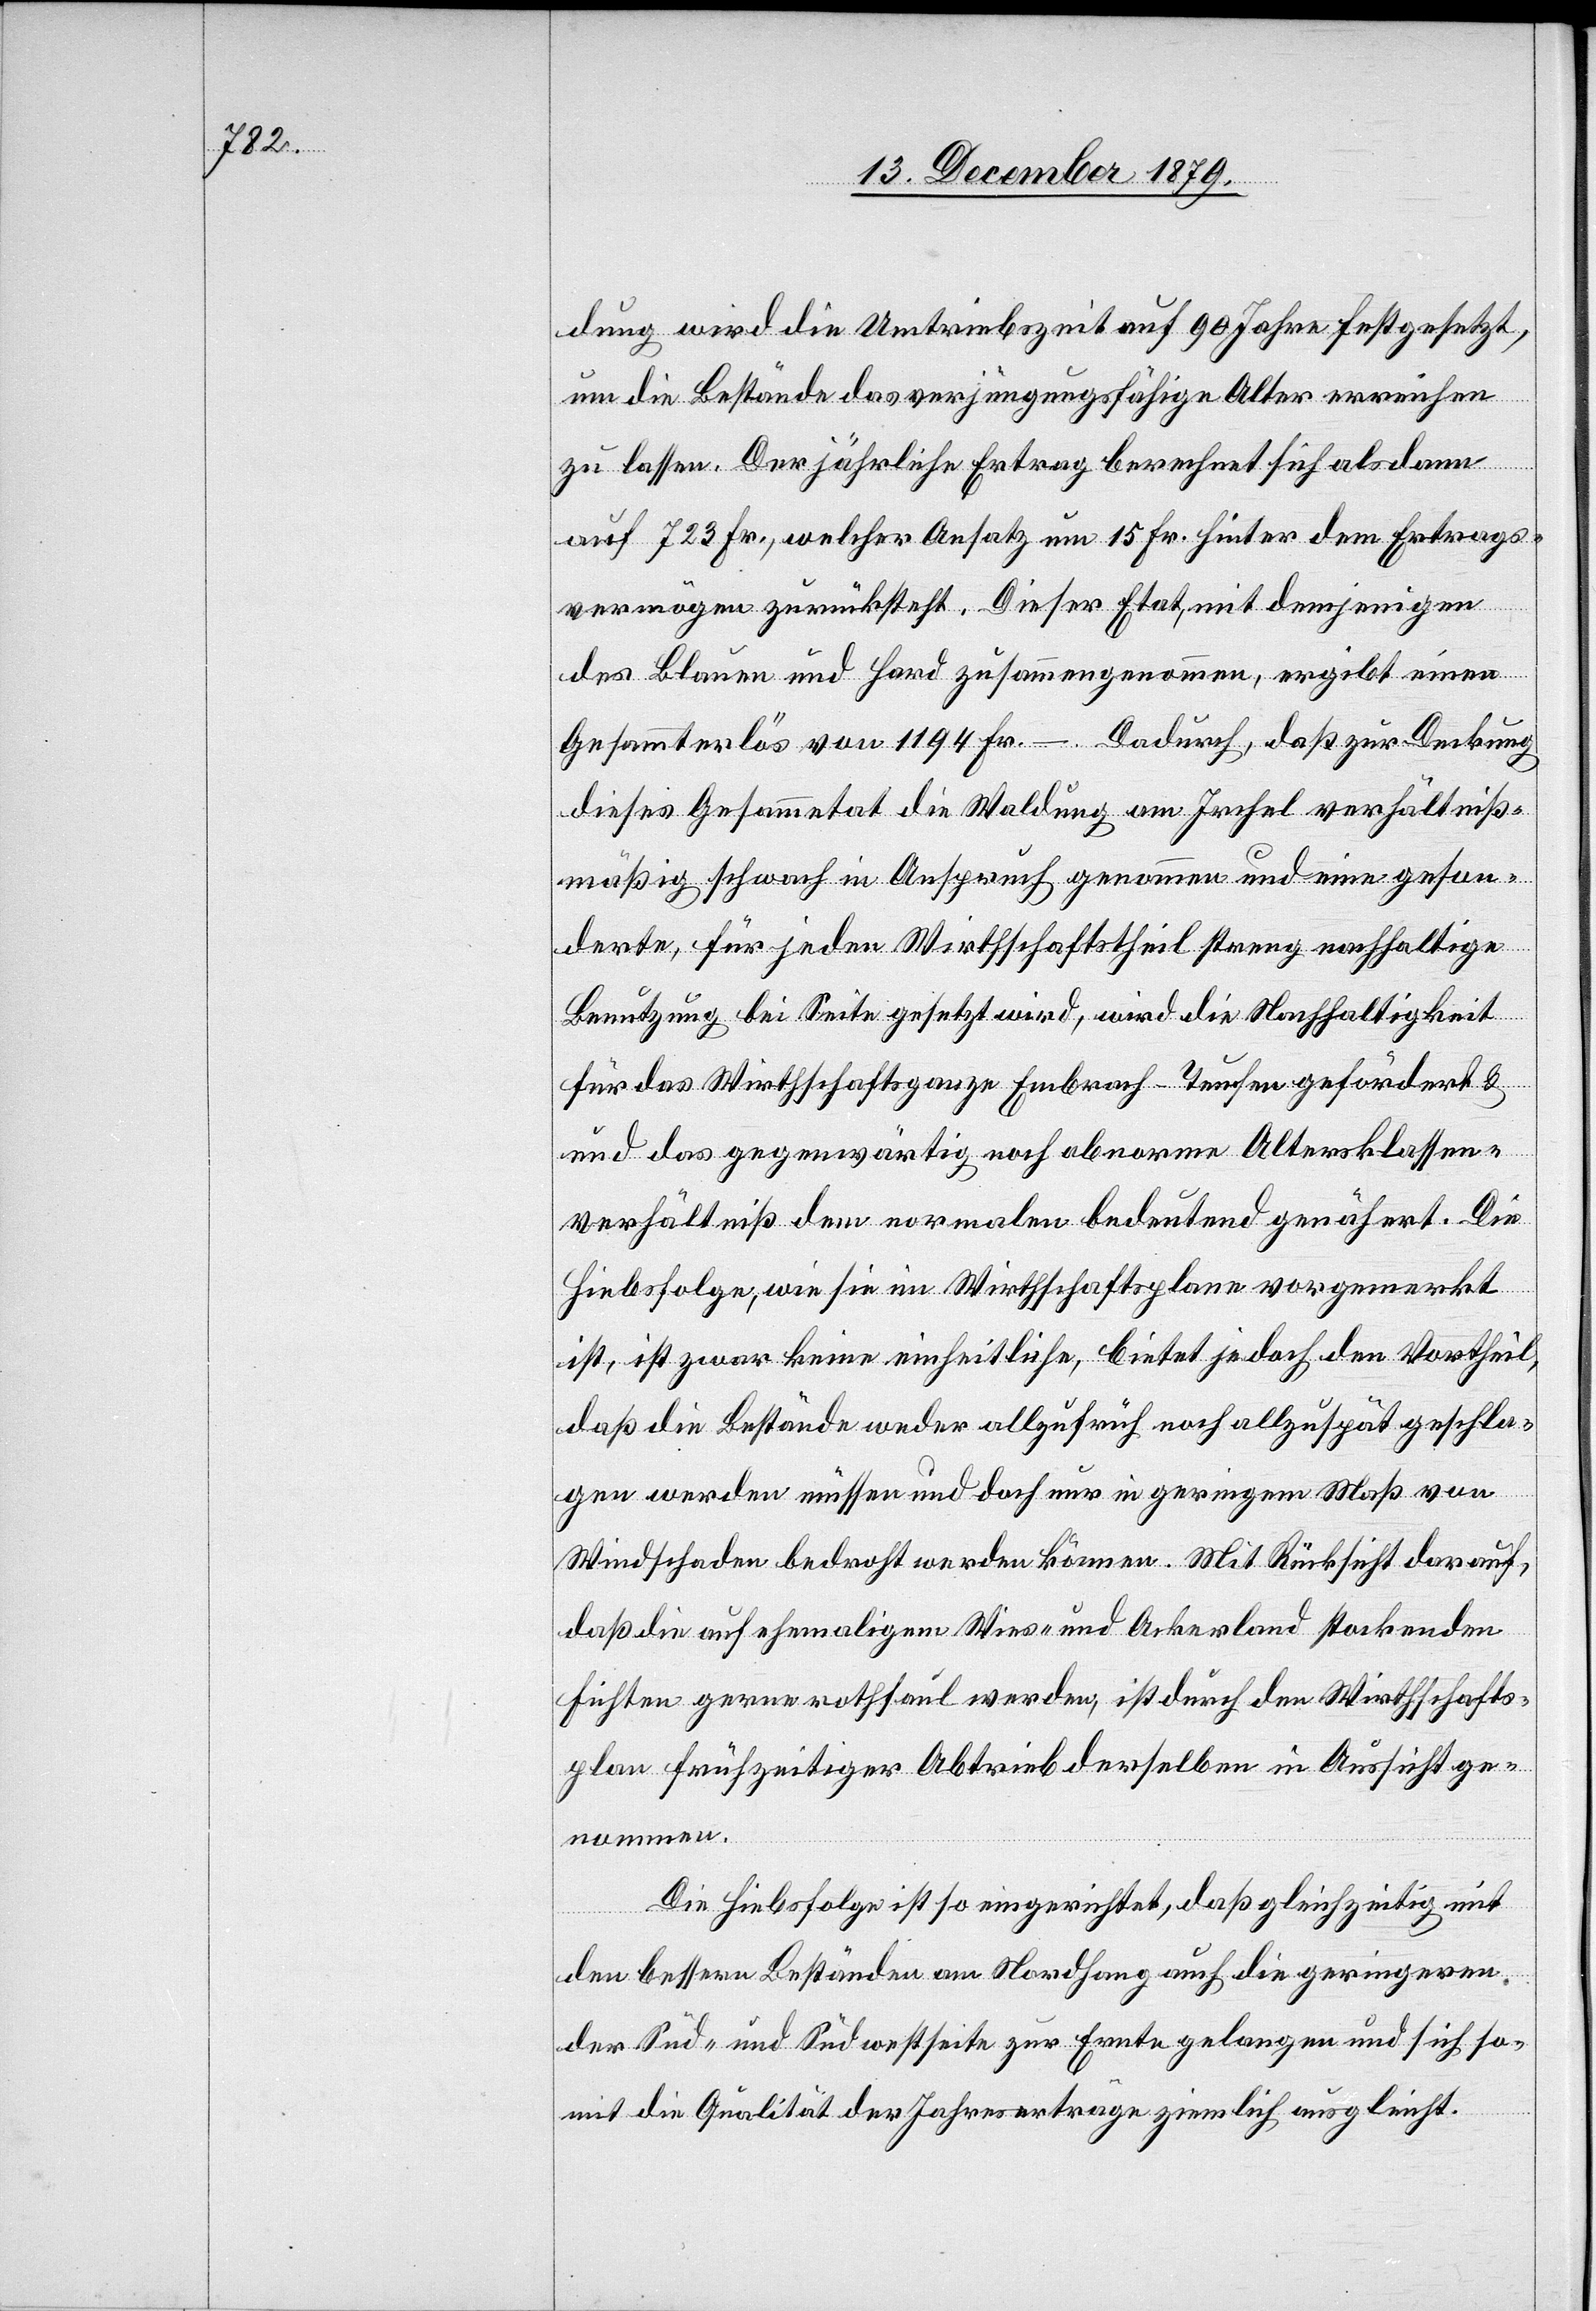
dung wird die Umtriebszeit auf 90 Jahre festgesetzt,
und
um die Bestände das verjüngungsfähige Alter erreichen
zu lassen. Der jährliche Ertrag berechnet sich alsdann
auf 723 Fr., welcher Ansatz um 15 Fr. hinter dem Ertrags¬
vermögen zurücksteht. Dieser Etat, mit demjenigen
des Blauen und Hard zusammengenommen, ergibt einen
Gesammterlös von 1194 Fr. – Dadurch daß zur Deckung
dieses Gesammtetat die Waldung am Irchel verhältniß¬
mäßig schwach in Anspruch genommen und eine geson¬
derte, für jeden Wirthschaftstheil streng nachhaltige
Benutzung bei Seite gesetzt wird, wird die Nachhaltigkeit
für das Wirthschaftsganze Embrach-Teufen gefördert &
c!] das gegenwärtig noch abnorme Altersklassen¬
verhältniß dem normalen bedeutend genähert. Die
Hiebsfolge, wie sie im Wirthschaftsplane vorgemerkt
ist, ist zwar keine einheitliche, bietet jedoch den Vortheil,
daß die Bestände weder allzufrüh noch allzuspät geschla¬
gen werden müssen und doch nur in geringem Maß von
Windschaden bedroht werden können. Mit Rücksicht darauf,
daß die auf ehemaligem Wies- und Ackerland stockenden
Fichten gerne rothfaul werden, ist durch den Wirthschafts¬
plan frühzeitiger Abtrieb derselben in Aussicht ge¬
nommen.
Die Hiebsfolge ist so eingerichtet, daß gleichzeitig mit
den bessern Beständen am Nordhang auch die geringeren
der Süd- und Südwestseite zur Ernte gelangen und sich so¬
weit die Qualität der Jahreserträge ziemlich ausgleicht.

[si¬